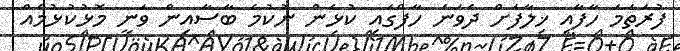
ފުރަތަމަ ހާފާއި ޚިލާފަށް ދެވަނަ ހާފްގައި ކުޅެން ނުކުމެ ބާސާއިން ވަނީ މޮޅުކުޅުމެއް